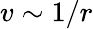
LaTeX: v\sim 1/r